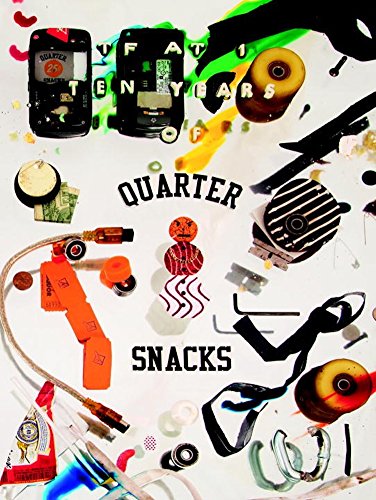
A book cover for TF at 1: 10 Years of Quartersnacks; Quartersnacks; Arts & Photography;